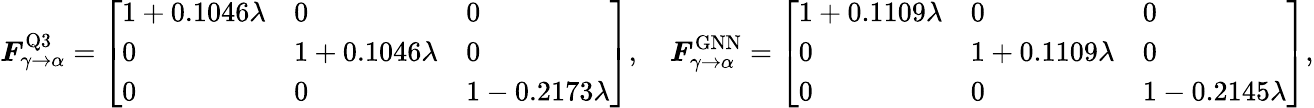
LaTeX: \boldsymbol{F}_{\gamma\rightarrow\alpha}^{\mathrm{Q3}}=\left[\begin{array}{lll}{1+0.1046\lambda}&{0}&{0}\\ {0}&{1+0.1046\lambda}&{0}\\ {0}&{0}&{1-0.2173\lambda}\end{array}\right],\quad\boldsymbol{F}_{\gamma\rightarrow\alpha}^{\mathrm{GNN}}=\left[\begin{array}{lll}{1+0.1109\lambda}&{0}&{0}\\ {0}&{1+0.1109\lambda}&{0}\\ {0}&{0}&{1-0.2145\lambda}\end{array}\right],